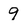
Character: 9